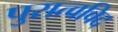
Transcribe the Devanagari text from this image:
पुरात्वविद